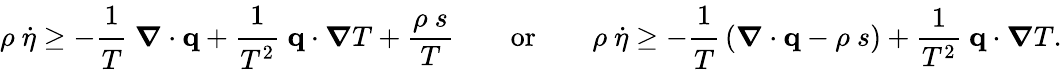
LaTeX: \rho~{\dot{\eta}}\geq-{\cfrac{1}{T}}~{\boldsymbol{\nabla}}\cdot\mathbf{q}+{\cfrac{1}{T^{2}}}~\mathbf{q}\cdot{\boldsymbol{\nabla}}T+{\frac{\rho~s}{T}}\qquad{\mathrm{or}}\qquad\rho~{\dot{\eta}}\geq-{\cfrac{1}{T}}\left({\boldsymbol{\nabla}}\cdot\mathbf{q}-\rho~s\right)+{\frac{1}{T^{2}}}~\mathbf{q}\cdot{\boldsymbol{\nabla}}T.